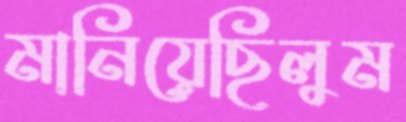
মানিয়েছিলুম